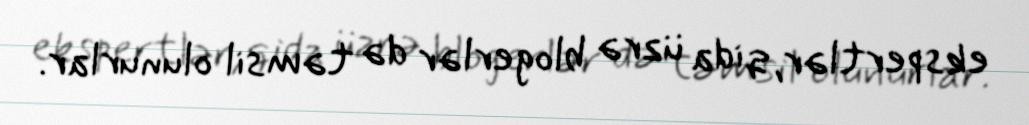
ekspertlər, qida üzrə blogerlər də təmsil olunurlar.